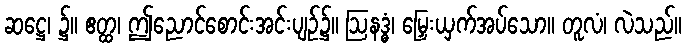
ဆဋ္ဌေ၊ ၌။ ဧတ္ထ၊ ဤညောင်စောင်းအင်းပျဉ်၌။ ဩနဒ္ဓံ၊ မြှေးယှက်အပ်သော။ တူလံ၊ လဲသည်။